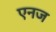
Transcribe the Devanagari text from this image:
एनज